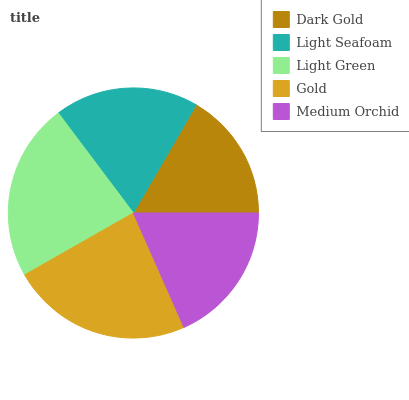
| Dark Gold | Light Seafoam | Light Green | Gold | Medium Orchid |
 | --- | --- | --- | --- | --- |
 | 16.6% | 18.7% | 23% | 23.4% | 18.3% |